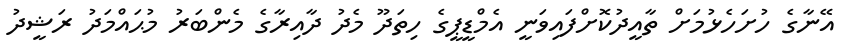
އޭނާގެ ހުށަހެޅުމަށް ތާއީދުކޮށްފައިވަނީ އެމްޑީޕީގެ ހިތަދޫ މެދު ދާއިރާގެ މެންބަރު މުޙައްމަދު ރަޝީދު